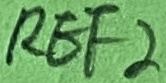
Text: REF2